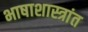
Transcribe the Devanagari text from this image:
भाषाशास्त्रांत